Protection of India from yellow fever
Disease focus: Fever
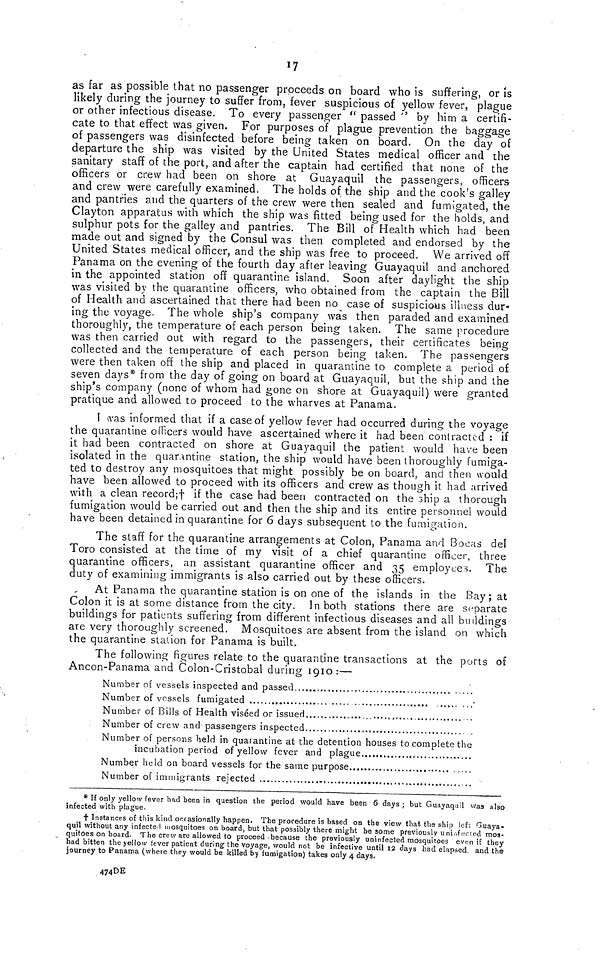
17
as far as possible that no passenger proceeds on board who is suffering, or is
likely during the journey to suffer from, fever suspicious of yellow fever, plague
or other infectious disease. To every passenger " passed " by him a certifi-
cate to that effect was given. For purposes of plague prevention the baggage
of passengers was disinfected before being taken on board. On the day of
departure the ship was visited by the United States medical officer and the
sanitary staff of the port, and after the captain had certified that none of the
officers or crew had been on shore at Guayaquil the passengers, officers
and crew were carefully examined. The holds of the ship and the cook's galley
and pantries and the quarters of the crew were then sealed and fumigated, the
Clayton apparatus with which the ship was fitted being used for the holds, and
sulphur pots for the galley and pantries. The Bill of Health which had been
made out and signed by the Consul was then completed and endorsed by the
United States medical officer, and the ship was free to proceed. We arrived off
Panama on the evening of the fourth day after leaving Guayaquil and anchored
in the appointed station off quarantine island. Soon after daylight the ship
was visited by the quarantine officers, who obtained from the captain the Bill
of Health and ascertained that there had been no case of suspicious illness dur-
ing the voyage. The whole ship's company was then paraded and examined
thoroughly, the temperature of each person being taken. The same procedure
was then carried out with regard to the passengers, their certificates being
collected and the temperature of each person being taken, The passengers
were then taken off the ship and placed in quarantine to complete a period of
seven days*' from the day of going on board at Guayaquil, but the ship and the
ship's company (none of whom had gone on shore at Guayaquil) were granted
pratique and allowed to proceed to the wharves at Panama.
Í was informed that if a case of yellow fever had occurred during the voyage
the quarantine officers would have ascertained where it had been contracted : if
it had been contracted on shore at Guayaquil the patient would have been
isolated in the quarantine station, the ship would have been thoroughly fumiga-
ted to destroy any mosquitoes that might possibly be on board, and then would
have been allowed to proceed with its officers and crew as though it had arrived
with a clean record;‡ if the case had been contracted on the ship a thorough
fumigation would be carried out and then the ship and its entire personnel would
have been detained in quarantine for 6 days subsequent to the fumigation.
The staff for the quarantine arrangements at Colon, Panama and Socas del
Toro consisted at the time of my visit of a chief quarantine officer, three
quarantine officers, an assistant quarantine officer and 35 employees. The
duty of examining immigrants is also carried out by these officers.
At Panama the quarantine station is on one of the islands in the Bay; at
Colon it is at some distance from the city. In both stations there are separate
buildings for patients suffering from different infectious diseases and all buildings
are very thoroughly screened. Mosquitoes are absent from the island on which
the quarantine station for Panama is built.
The following figures relate to the quarantine transactions at the ports of
Ancon-Panama and Colon-Cristobal during 1910:—
Number of vessels inspected and passed
Number of vessels fumigated
..„
Number of Bills of Health visaed or issued
„
,,
Number of crew and passengers inspected
,
Number of persons held in quarantine at the detention houses to complete the
incubation period of yellow fever and plague
,
Number held on board vessels for the same pur pose.
Number of immigrants rejected
* If only yellow fever had been in question the period would have been 6 days; but Guayaquil was also
infected with plague.
t Instances of this kind occasionally happen. The procedure is based on the view that the ship icfi Guaya-
quil without any infecteil mosquitoes on board, but that possibly there might be some previously uni.ifericd mos-
quitoes on board. The crew are allowed to proceed-because the previously uninfecied mosquitoes even if they
had bitten the yellow lever patient during the voyage, would not be infective until 12 days had elapsed, and the
journey to Panama (where they would be killed by fumigation) takes only 4 days.
474DE